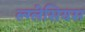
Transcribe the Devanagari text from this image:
ल्ग्लेसियस